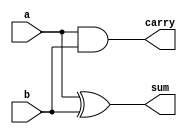
module half_adder(a,b,sum,carry);
    input a,b;
    output sum,carry;
    xor x1(sum,a,b);
    and ai(carry,a,b);
endmodule